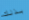
بذلك